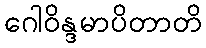
ဂေါဝိန္ဒမာပိတာတိ